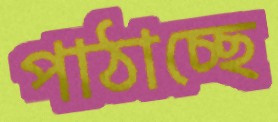
পাঠাচ্ছে